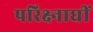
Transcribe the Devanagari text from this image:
परिक्ष्नाधीं